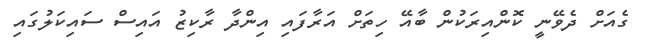
ގެއަށް ދެވޭނީ ކޮންއިރަކުން ބާއޭ ހިތަށް އަރާފައި އިންދާ ރާކިޒު އައިސް ސައިކަލުގައި